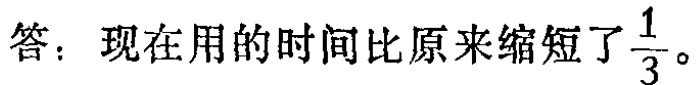
答：现在用的时间比原来缩短了$\frac{1}{3}$。